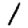
Digit: 1